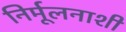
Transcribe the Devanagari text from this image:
निर्मूलनाशी